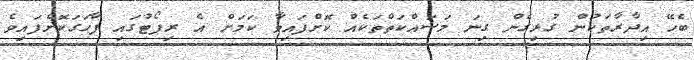
ބެހޭ އިދާރާތަކުން ގުޅިގެން ގިނަ މަސައްކަތްތަކެއް ކޮށްފައިވާ ކަމަށް އެ ރިޕޯޓުގައި ފާހަގަކޮށްފައިވެ